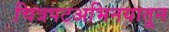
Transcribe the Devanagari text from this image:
चित्रपटअभिनयातून